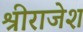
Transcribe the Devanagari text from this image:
श्रीराजेश